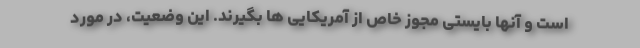
است و آنها بایستی مجوز خاص از آمریکایی ها بگیرند. این وضعیت، در مورد